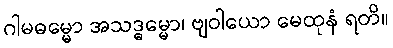
ဂါမဓမ္မော အသဒ္ဓမ္မော၊ ဗျဝါယော မေထုနံ ရတိ။